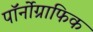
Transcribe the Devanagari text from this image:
पॉर्नोग्राफिक